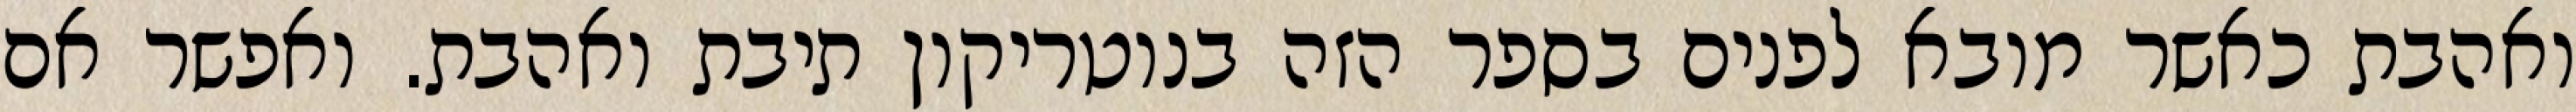
ואהבת כאשר מובא לפנים בספר הזה בנוטריקון תיבת ואהבת. ואפשר אם